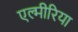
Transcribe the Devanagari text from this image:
एल्मीरिया